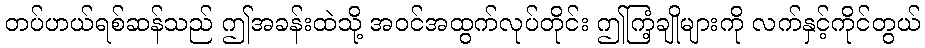
တပ်ဟယ်ရစ်ဆန်သည် ဤအခန်းထဲသို့ အဝင်အထွက်လုပ်တိုင်း ဤကြံ့ချိုများကို လက်နှင့်ကိုင်တွယ်